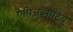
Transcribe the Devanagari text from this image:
ऐपिजुऑटिव